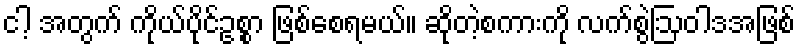
ငါ့ အတွက် ကိုယ်ပိုင်ဥစ္စာ ဖြစ်စေရမယ်။ ဆိုတဲ့စကားကို လက်စွဲဩဝါဒအဖြစ်